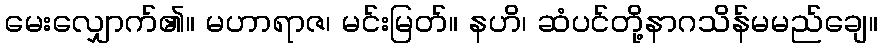
မေးလျှောက်၏။ မဟာရာဇ၊ မင်းမြတ်။ နဟိ၊ ဆံပင်တို့နာဂသိန်မမည်ချေ။